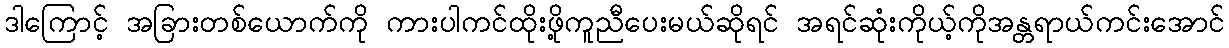
ဒါကြောင့် အခြားတစ်ယောက်ကို ကားပါကင်ထိုးဖို့ကူညီပေးမယ်ဆိုရင် အရင်ဆုံးကိုယ့်ကိုအန္တရာယ်ကင်းအောင်